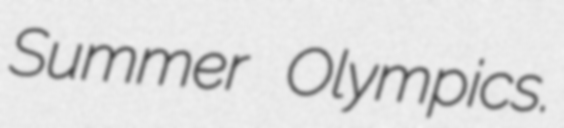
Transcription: Summer Olympics.